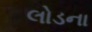
લોડના